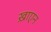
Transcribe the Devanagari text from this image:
ख़ाएन